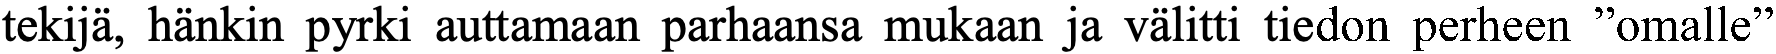
tekijä, hänkin pyrki auttamaan parhaansa mukaan ja välitti tiedon perheen ”omalle”